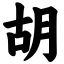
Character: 胡